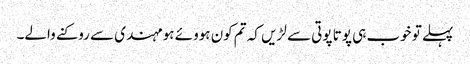
پہلے تو خوب ہی پوتا پوتی سے لڑیں کہ تم کون ہووئے ہو مہندی سے روکنے والے۔